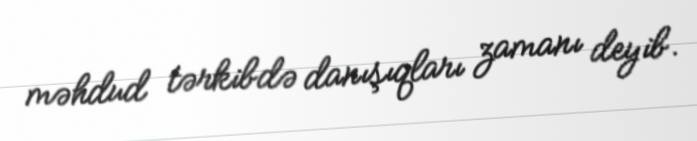
məhdud tərkibdə danışıqları zamanı deyib.